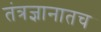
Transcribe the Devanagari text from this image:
तंत्रज्ञानातच